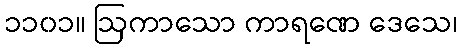
၁၁၀၁။ ဩကာသော ကာရဏေ ဒေသေ၊